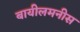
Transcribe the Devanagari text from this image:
बायीलमनीस